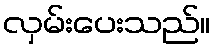
လှမ်းပေးသည်။